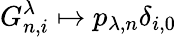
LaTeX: G_{n,i}^{\lambda}\mapsto p_{\lambda,n}\delta_{i,0}